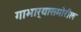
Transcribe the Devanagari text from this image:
गाभार्‍यासमोरील